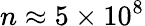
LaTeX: n\approx 5\times 10^{8}